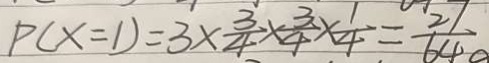
P ( x = 1 ) = 3 \times \frac { 3 } { 4 } \times \frac { 3 } { 4 } \times \frac { 1 } { 4 } = \frac { 2 7 } { 6 4 }